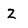
Character: Z